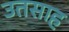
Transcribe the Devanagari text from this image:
उतसाह